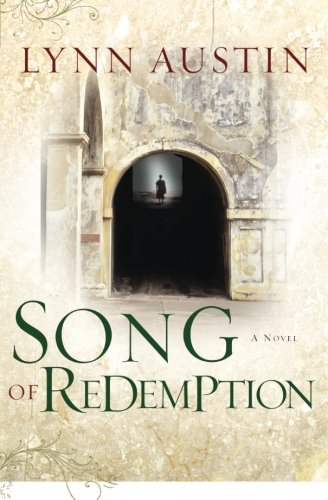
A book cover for Song of Redemption (Chronicles of the Kings #2) (Volume 2); Lynn Austin; Romance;